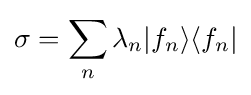
\sigma =\sum _{n}\lambda _{n}|f_{n}\rangle \langle f_{n}|